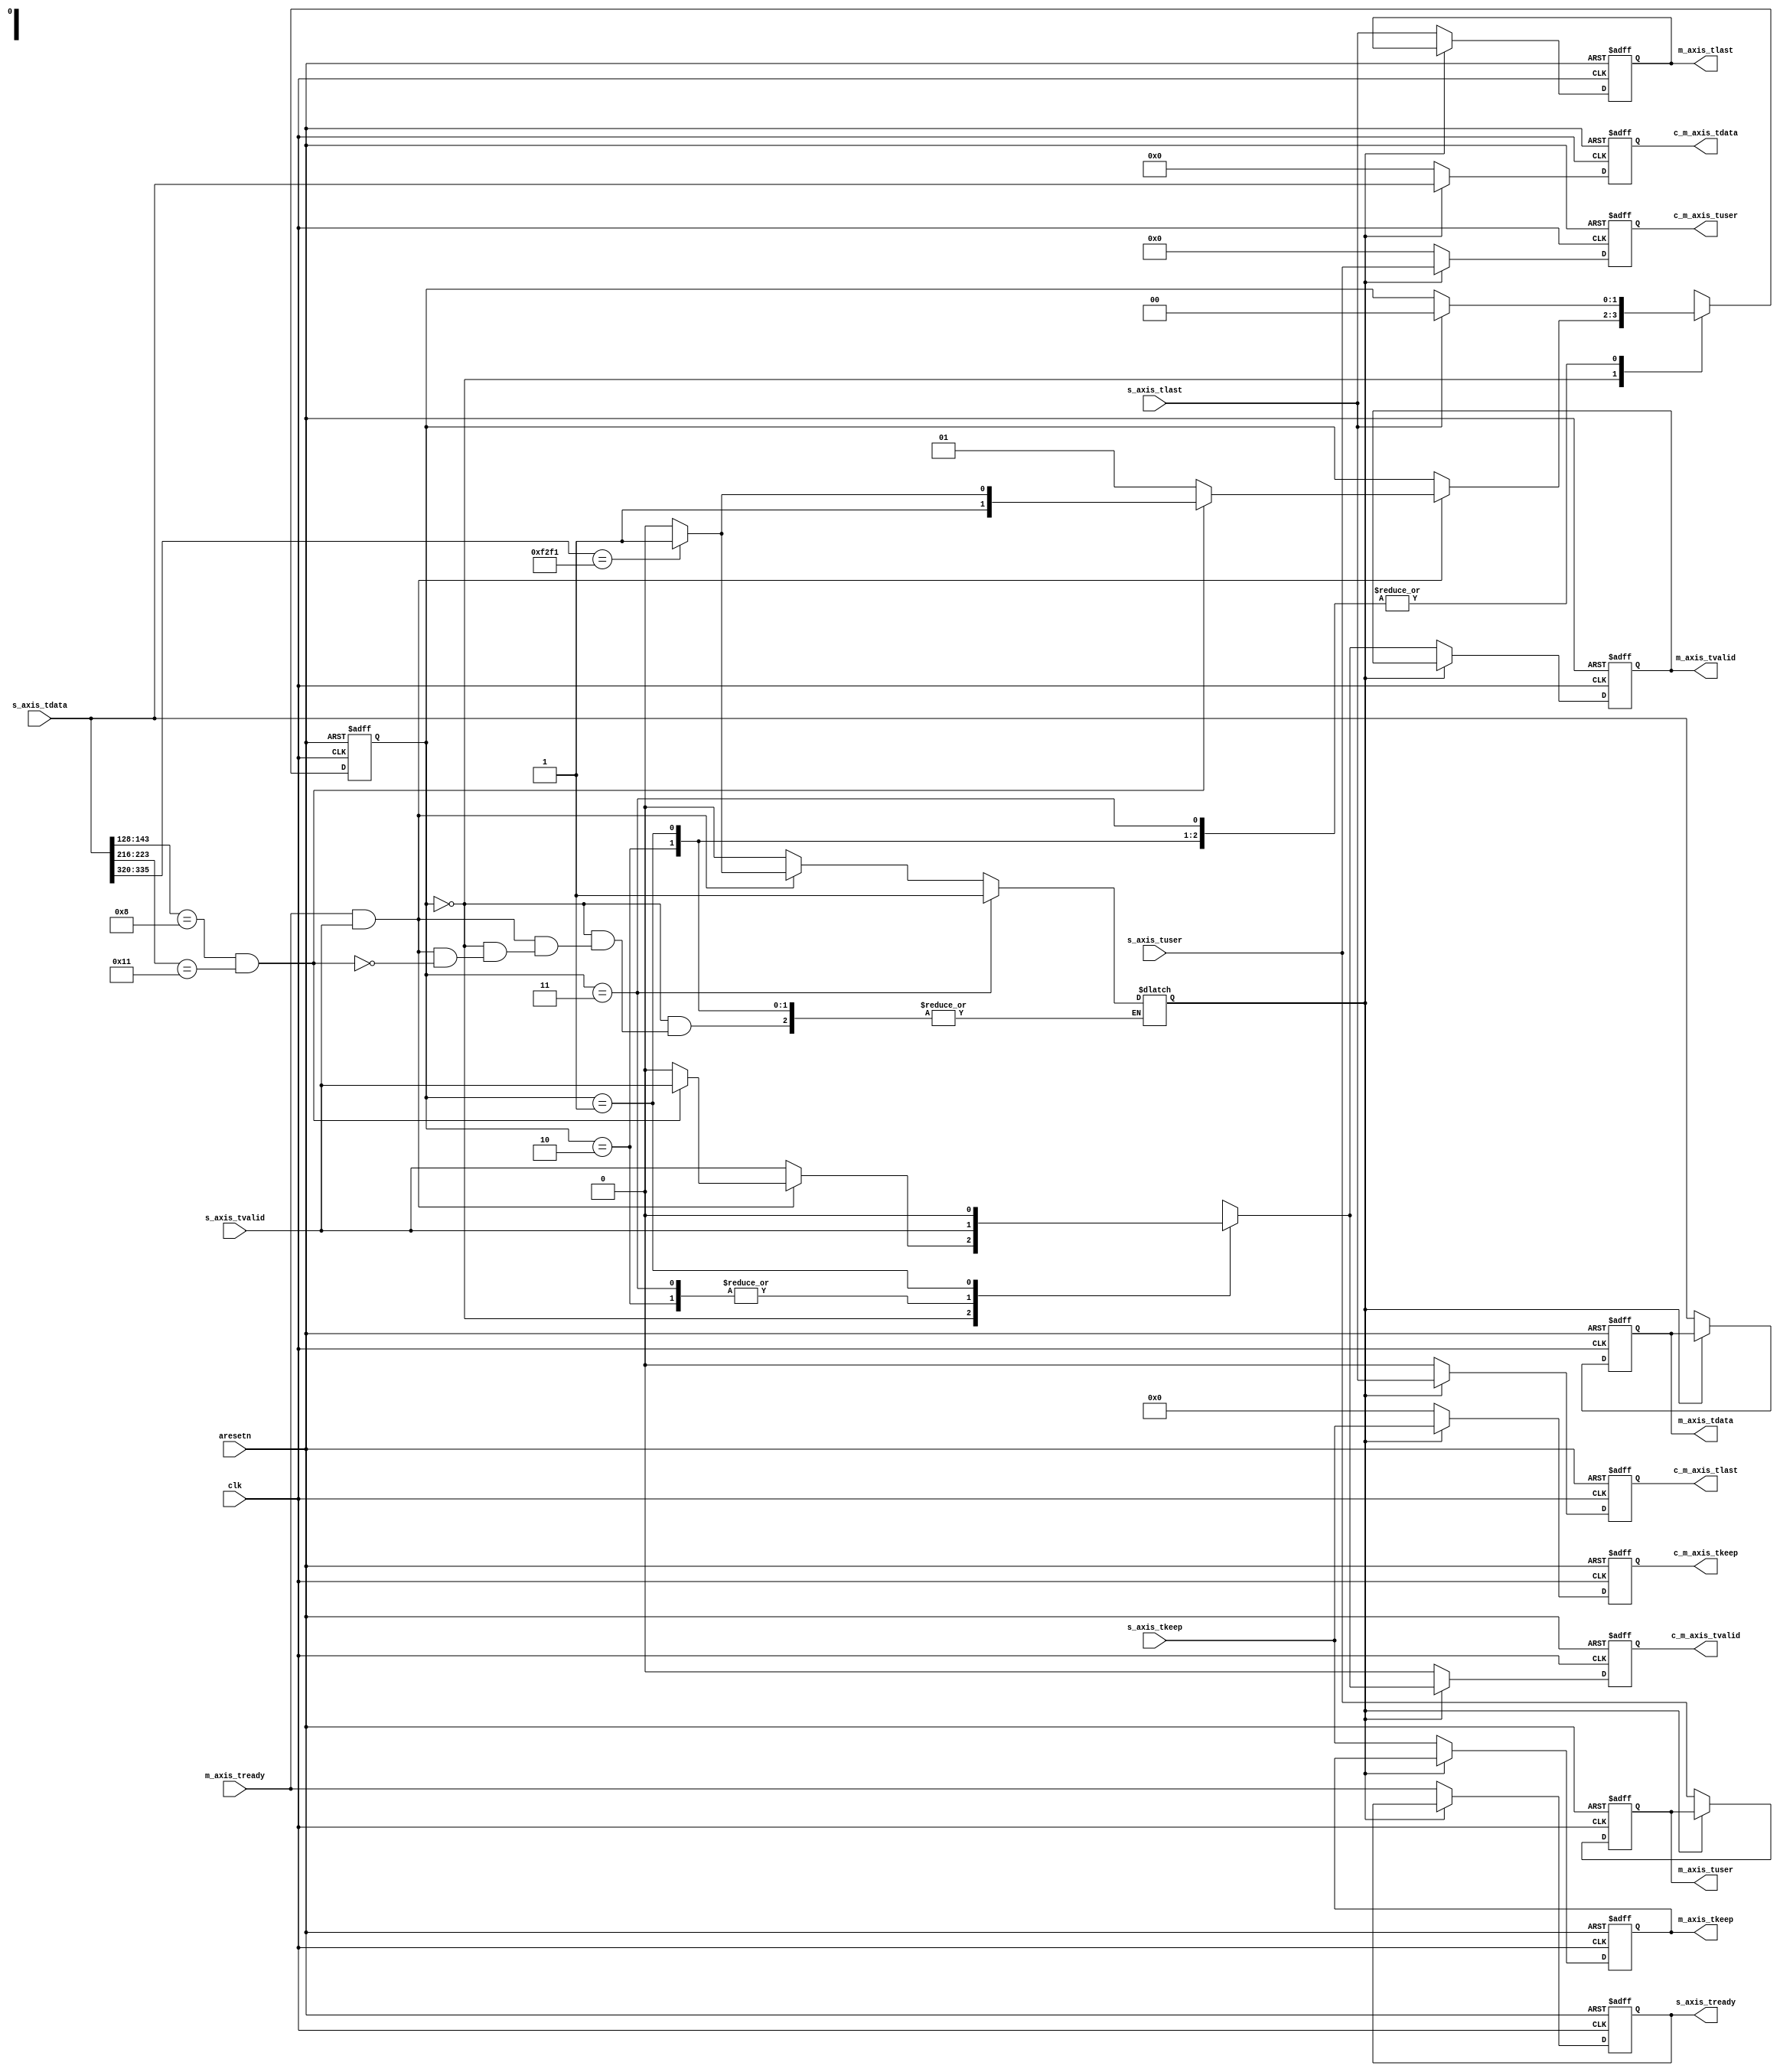
`timescale 1ns / 1ps

`define ETH_TYPE_IPV4	16'h0008
`define IPPROT_UDP		8'h11
`define CONTROL_PORT    16'hf2f1

module pkt_filter #(
	parameter C_S_AXIS_DATA_WIDTH = 512,
	parameter C_S_AXIS_TUSER_WIDTH = 128
)
(
	input				clk,
	input				aresetn,

	// input Slave AXI Stream
	input [C_S_AXIS_DATA_WIDTH-1:0]			s_axis_tdata,
	input [((C_S_AXIS_DATA_WIDTH/8))-1:0]	s_axis_tkeep,
	input [C_S_AXIS_TUSER_WIDTH-1:0]		s_axis_tuser,
	input									s_axis_tvalid,
	output	reg								s_axis_tready,
	input									s_axis_tlast,

	// output Master AXI Stream
	output reg [C_S_AXIS_DATA_WIDTH-1:0]		m_axis_tdata,
	output reg [((C_S_AXIS_DATA_WIDTH/8))-1:0]	m_axis_tkeep,
	output reg [C_S_AXIS_TUSER_WIDTH-1:0]		m_axis_tuser,
	output reg									m_axis_tvalid,
	input										m_axis_tready,
	output reg									m_axis_tlast,

	//TODO a back-pressure is needed?
	output reg [C_S_AXIS_DATA_WIDTH-1:0]		c_m_axis_tdata,
	output reg [((C_S_AXIS_DATA_WIDTH/8))-1:0]	c_m_axis_tkeep,
	output reg [C_S_AXIS_TUSER_WIDTH-1:0]		c_m_axis_tuser,
	output reg									c_m_axis_tvalid,
	output reg									c_m_axis_tlast

);

localparam WAIT_FIRST_PKT=0, 
		   DROP_PKT=1, 
		   FLUSH_DATA=2,
		   FLUSH_CTL = 3;


reg [C_S_AXIS_DATA_WIDTH-1:0]		r_tdata;
reg [((C_S_AXIS_DATA_WIDTH/8))-1:0]	r_tkeep;
reg [C_S_AXIS_TUSER_WIDTH-1:0]		r_tuser;
reg									r_tvalid;
reg									r_tlast;

reg									r_s_tready;

reg [1:0] state, state_next;
//1 for control, 0 for data;
reg 								c_switch;

assign IP_flag = s_axis_tdata[143:128];
assign UDP_flag = s_axis_tdata[223:216];
assign CONTROL_flag = s_axis_tdata[335:320];


always @(*) begin

	r_tdata = s_axis_tdata;
	r_tkeep = s_axis_tkeep;
	r_tuser = s_axis_tuser;
	r_tlast = s_axis_tlast;

	r_tvalid = s_axis_tvalid;
	r_s_tready = m_axis_tready;

	//c_switch = 1'b0;

	state_next = state;

	case (state) 
		WAIT_FIRST_PKT: begin
			if (m_axis_tready && s_axis_tvalid) begin
				if ((s_axis_tdata[143:128]==`ETH_TYPE_IPV4) && 
					(s_axis_tdata[223:216]==`IPPROT_UDP)) begin
					if(s_axis_tdata[335:320] == `CONTROL_PORT) begin
						state_next = FLUSH_CTL;
						c_switch = 1'b1;
					end
					else begin
						state_next = FLUSH_DATA;
						c_switch = 1'b0;
					end
				end
				else begin
					r_tvalid = 0;
					state_next = DROP_PKT;
				end
			end

			else begin
				c_switch = 1'b0;
			end

		end
		FLUSH_DATA: begin
			if (s_axis_tlast) begin
				state_next = WAIT_FIRST_PKT;
			end
		end
		FLUSH_CTL: begin
			c_switch = 1'b1;
			if (s_axis_tlast) begin
				state_next = WAIT_FIRST_PKT;
			end
		end
		DROP_PKT: begin
			r_tvalid = 0;
			if (s_axis_tlast) begin
				state_next = WAIT_FIRST_PKT;
			end
		end
	endcase
end

always @(posedge clk or negedge aresetn) begin
	if (~aresetn) begin
		state <= WAIT_FIRST_PKT;

		m_axis_tdata <= 0;
		m_axis_tkeep <= 0;
		m_axis_tuser <= 0;
		m_axis_tlast <= 0;

		m_axis_tvalid <= 0;

		c_m_axis_tdata <= 0;
		c_m_axis_tkeep <= 0;
		c_m_axis_tuser <= 0;
		c_m_axis_tlast <= 0;

		c_m_axis_tvalid <= 0;

		s_axis_tready <= 0;
	end
	else begin
		state <= state_next;

		if(!c_switch) begin
			m_axis_tdata <= r_tdata;
			m_axis_tkeep <= r_tkeep;
			m_axis_tuser <= r_tuser;
			m_axis_tlast <= r_tlast;

			m_axis_tvalid <= r_tvalid;
			s_axis_tready <= r_s_tready;
			//reset control path output 
			c_m_axis_tdata <= 0;
			c_m_axis_tkeep <= 0;
			c_m_axis_tuser <= 0;
			c_m_axis_tlast <= 0;
	
			c_m_axis_tvalid <= 0;
		end
		else begin
			c_m_axis_tdata <= r_tdata;
			c_m_axis_tkeep <= r_tkeep;
			c_m_axis_tuser <= r_tuser;
			c_m_axis_tlast <= r_tlast;

			c_m_axis_tvalid <= r_tvalid;
		end
		
	end
end

endmodule